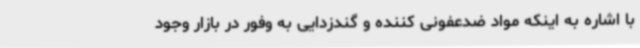
با اشاره به اینکه مواد ضدعفونی کننده و گندزدایی به وفور در بازار وجود